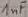
Text: 1nF